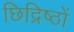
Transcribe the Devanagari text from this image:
छिद्रिष्ठों